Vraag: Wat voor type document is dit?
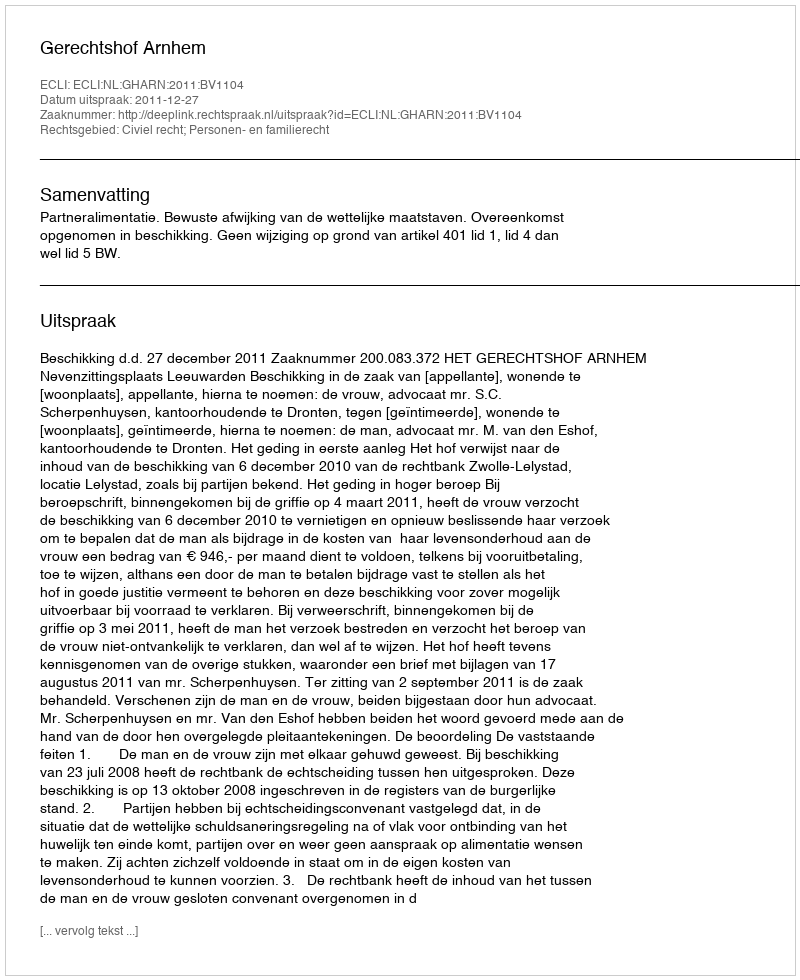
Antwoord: Uitspraak